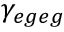
\gamma _ { e g e g }